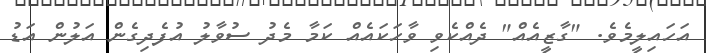
އަހައިލީމެވެ. "ގާޒީއެއް" ދެއްކެވި ވާހަކައެއް ކަމާ މެދު ސުވާލު އުފެދިގެން އަލުން އަޑު